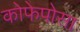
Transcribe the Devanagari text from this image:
कोफेपोसा